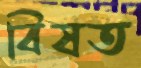
বিষত